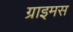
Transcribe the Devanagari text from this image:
ग्राइमस